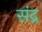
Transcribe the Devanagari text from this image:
संद्र